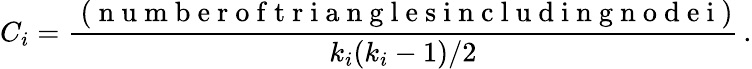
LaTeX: C_{i}=\frac{\mathrm{~(~n~u~m~b~e~r~o~f~t~r~i~a~n~g~l~e~s~i~n~c~l~u~d~i~n~g~n~o~d~e~i~})}{k_{i}(k_{i}-1)/2}\, .